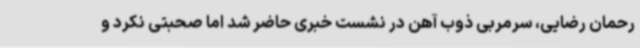
رحمان رضایی، سرمربی ذوب آهن در نشست خبری حاضر شد اما صحبتی نکرد و